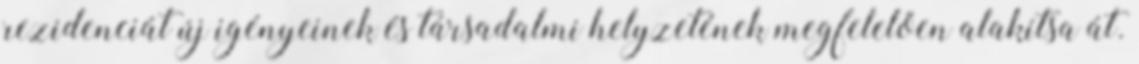
rezidenciát új igényeinek és társadalmi helyzetének megfelelően alakítsa át.